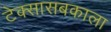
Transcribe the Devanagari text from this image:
टेक्सासबकाला